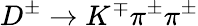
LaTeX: D^{\pm}\rightarrow K^{\mp}\pi^{\pm}\pi^{\pm}